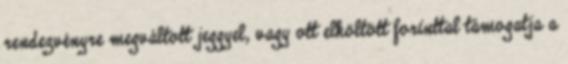
rendezvényre megváltott jeggyel, vagy ott elköltött forinttal támogatja a